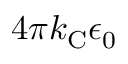
4 \pi k _ { \mathrm { { C } } } \epsilon _ { 0 }